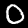
Digit: 0